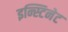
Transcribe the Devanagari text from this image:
इन्स्टिनेट